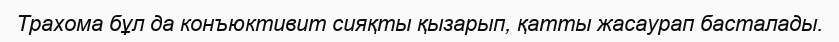
Трахома бұл да конъюктивит сияқты қызарып, қатты жасаурап басталады.